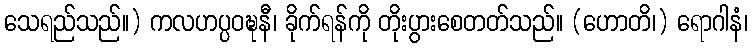
သေရည်သည်။) ကလဟပ္ပဝဍ္ဎနီ၊ ခိုက်ရန်ကို တိုးပွားစေတတ်သည်။ (ဟောတိ၊) ရောဂါနံ၊